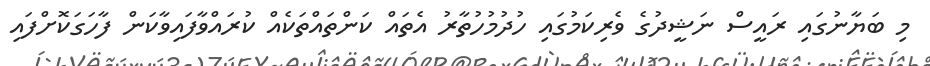
މި ބަޔާނުގައި ރައީސް ނަޝީދުގެ ވެރިކަމުގައި ހުދުމުހުތާރު އެތައް ކަންތައްތަކެއް ކުރައްވާފައިވާކަން ފާހަގަކޮށްފައި